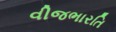
વીજભારતિ